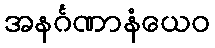
အနင်္ဂဏာနံယေဝ